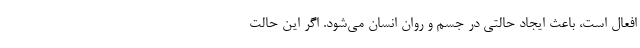
افعال است، باعث ایجاد حالتی در جسم و روان انسان می‌شود. اگر این حالت